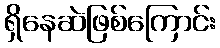
ရှိနေဆဲဖြစ်ကြောင်း